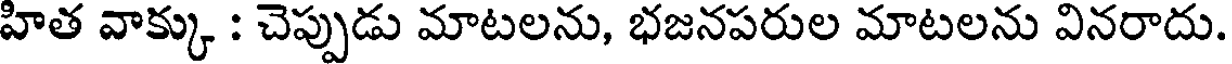
హిత వాక్కు : చెప్పుడు మాటలను, భజనపరుల మాటలను వినరాదు.